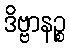
ဒိဗ္ဗာနဉ္စ